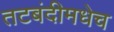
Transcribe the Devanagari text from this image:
तटबंदीमधेच